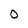
Character: 0